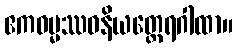
ဧကဓမ္မဿဝနိယတ္ထေရဂါထာ။